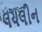
લયલીન